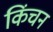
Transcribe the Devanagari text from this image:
किंचन